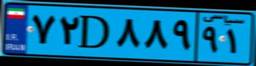
۷۲D۸۸۹۹۱